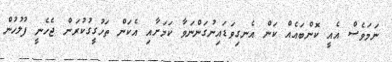
ނަމަވެސް އެއީީ ކޮންބައެއް ކަން އެނގިވަޑައިނުގަންނަވާ ކަމަށާއި އެކަން ތަހުގީގުކުރަން ޖެހެނީ ފުލުހުން